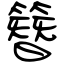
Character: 簪